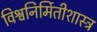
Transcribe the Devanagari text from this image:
विश्वनिर्मितीशास्त्र